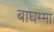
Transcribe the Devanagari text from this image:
बाघम्मा